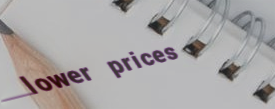
lower prices